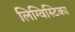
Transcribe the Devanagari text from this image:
लिग्विस्टिका